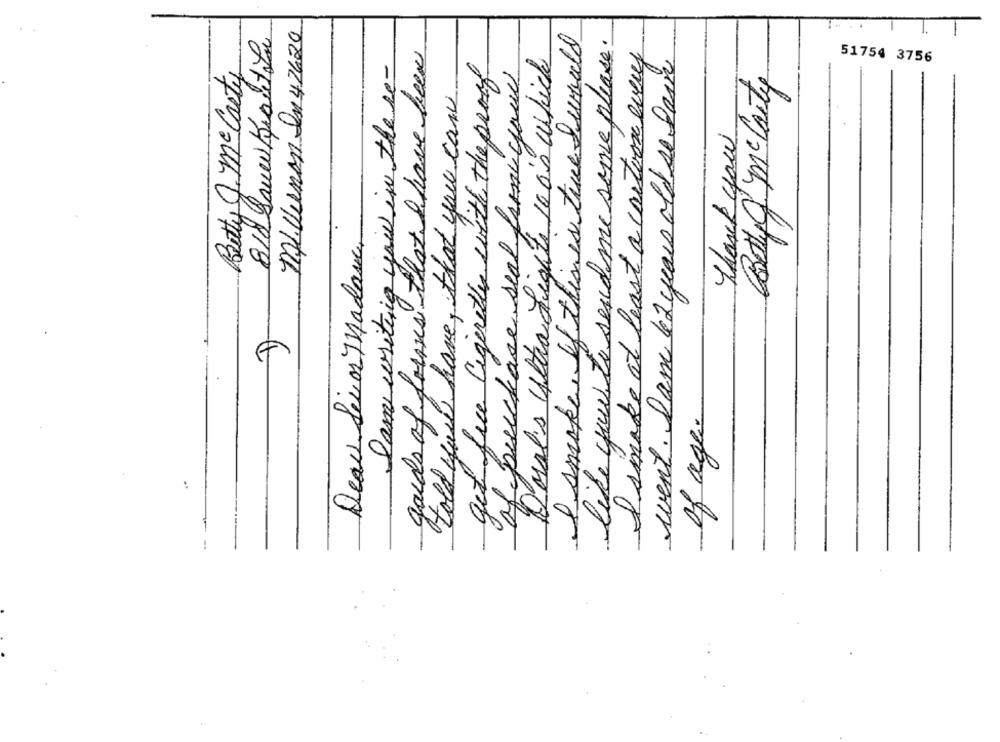
818 Dauw Kraut La
MAL Keenan In 47420
I smoke, If this is true Swould
like you to send me some please.
gards of forms that I have been
I smake at least a cartoon every
Doral's Ultra Light 10 0's which
went. Dam le 2 years old se farm
I am writing you in the re-
get free Cigarettes with the proof
of purchase seal francyoul
51754 3756
Betty J. Me Carty
Betty & m Canty
told you have, that you can
Thank you
Deac SeniorMadame,
of age.
-
!